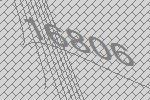
16806